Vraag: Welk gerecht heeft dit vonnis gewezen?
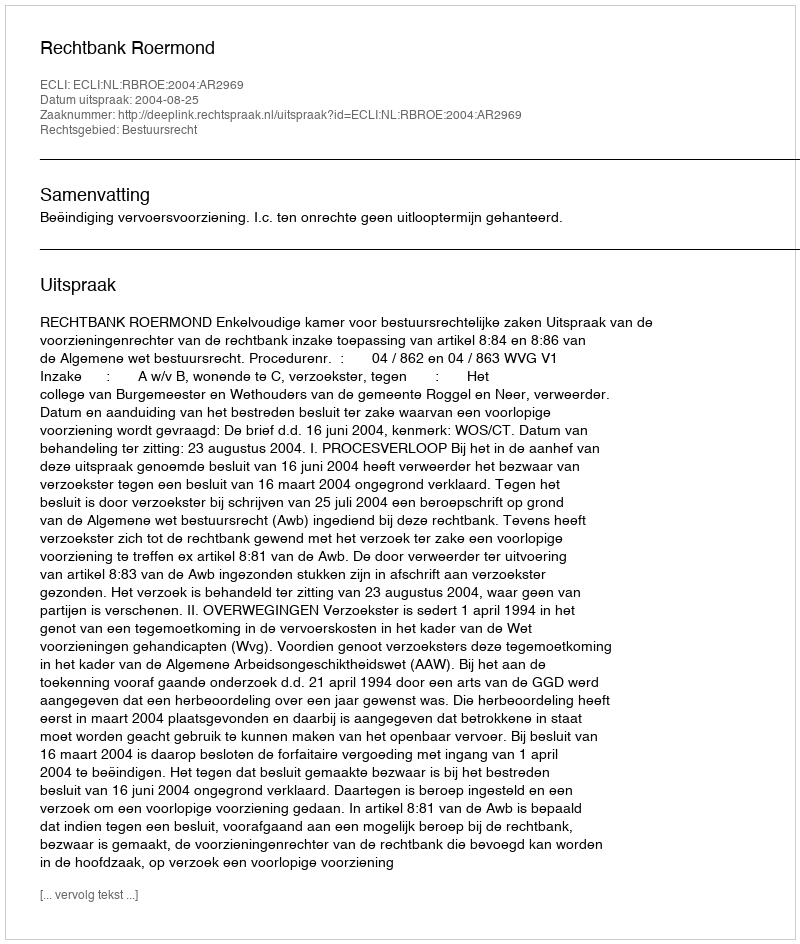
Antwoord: Rechtbank Roermond